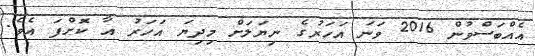
އެއްބަސްވުން 2016 ވަނަ އަހަރުގެ ނިޔަލަށް މިދިޔަ އަހަރު އާ ކޮށްފަ އެވެ.